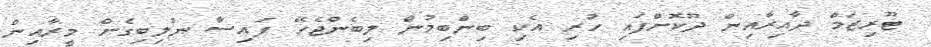
ޓޫރިޒަމް ދާއިރާއިން ދޫކޮށްފައި ހުރި އެކި ބިންބިމުން ލިބެންޖެހޭ ފައިސާ ނުލިބިގެން މީރާއިން